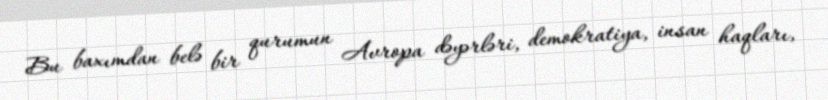
Bu baxımdan belə bir qurumun Avropa dəyərləri, demokratiya, insan haqları,